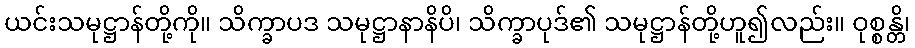
ယင်းသမုဋ္ဌာန်တို့ကို။ သိက္ခာပဒ သမုဋ္ဌာနာနိပိ၊ သိက္ခာပုဒ်၏ သမုဋ္ဌာန်တို့ဟူ၍လည်း။ ဝုစ္စန္တိ၊